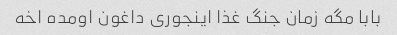
بابا مگه زمان جنگ غذا اینجوری داغون اومده اخه